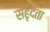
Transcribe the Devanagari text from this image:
सहृदता